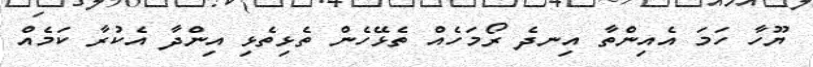
ޔޫހާ ހަމަ އެއިންތާ އިނދެ ރޯމަހެއް ތެޅޭހެން ތެޅިތެޅި އިންދާ އެކުރާ ކަމެއް